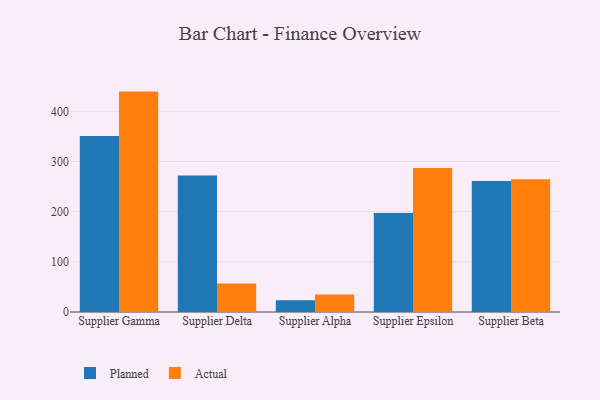
{"axis": {"x": "Supplier", "y": "Revenue (USD Million)"}, "legend": ["Actual", "Planned"], "data": [{"x": "Supplier Gamma", "y": 350.9, "type": "Planned"}, {"x": "Supplier Gamma", "y": 439.4, "type": "Actual"}, {"x": "Supplier Delta", "y": 272.3, "type": "Planned"}, {"x": "Supplier Delta", "y": 56.8, "type": "Actual"}, {"x": "Supplier Alpha", "y": 23.6, "type": "Planned"}, {"x": "Supplier Alpha", "y": 35.1, "type": "Actual"}, {"x": "Supplier Epsilon", "y": 197.6, "type": "Planned"}, {"x": "Supplier Epsilon", "y": 287.1, "type": "Actual"}, {"x": "Supplier Beta", "y": 261.1, "type": "Planned"}, {"x": "Supplier Beta", "y": 264.7, "type": "Actual"}]}